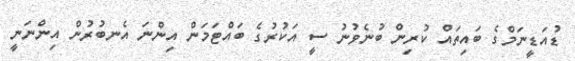
ޑުއަޑީނަމްގެ ބައިތައް ކުރިން ބުނެވުނު ސީ އަކުރުގެ ބައްޓަމަން އިންނަ އެނބުރުން އިންނަނީ